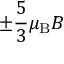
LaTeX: \pm { \frac { 5 } { 3 } } \mu _ { \mathrm { { B } } } B